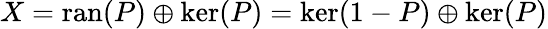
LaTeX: X=\operatorname{ran}(P)\oplus\ker(P)=\ker(1-P)\oplus\ker(P)